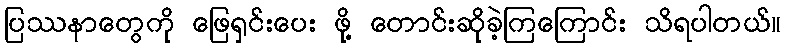
ပြဿနာတွေကို ဖြေရှင်းပေး ဖို့ တောင်းဆိုခဲ့ကြကြောင်း သိရပါတယ်။